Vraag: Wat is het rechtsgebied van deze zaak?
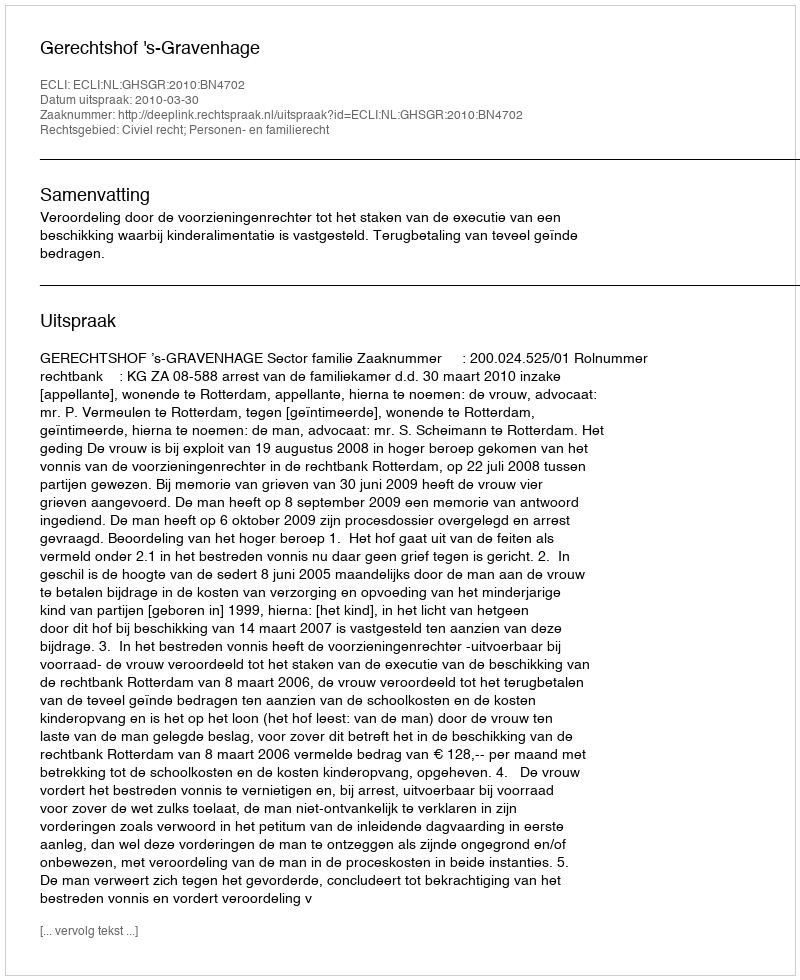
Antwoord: Civiel recht; Personen- en familierecht